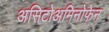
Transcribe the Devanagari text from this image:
असिटोअमिनोफेन